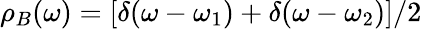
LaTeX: \rho_{B}(\omega)=[\delta(\omega-\omega_{1})+\delta(\omega-\omega_{2})]/2